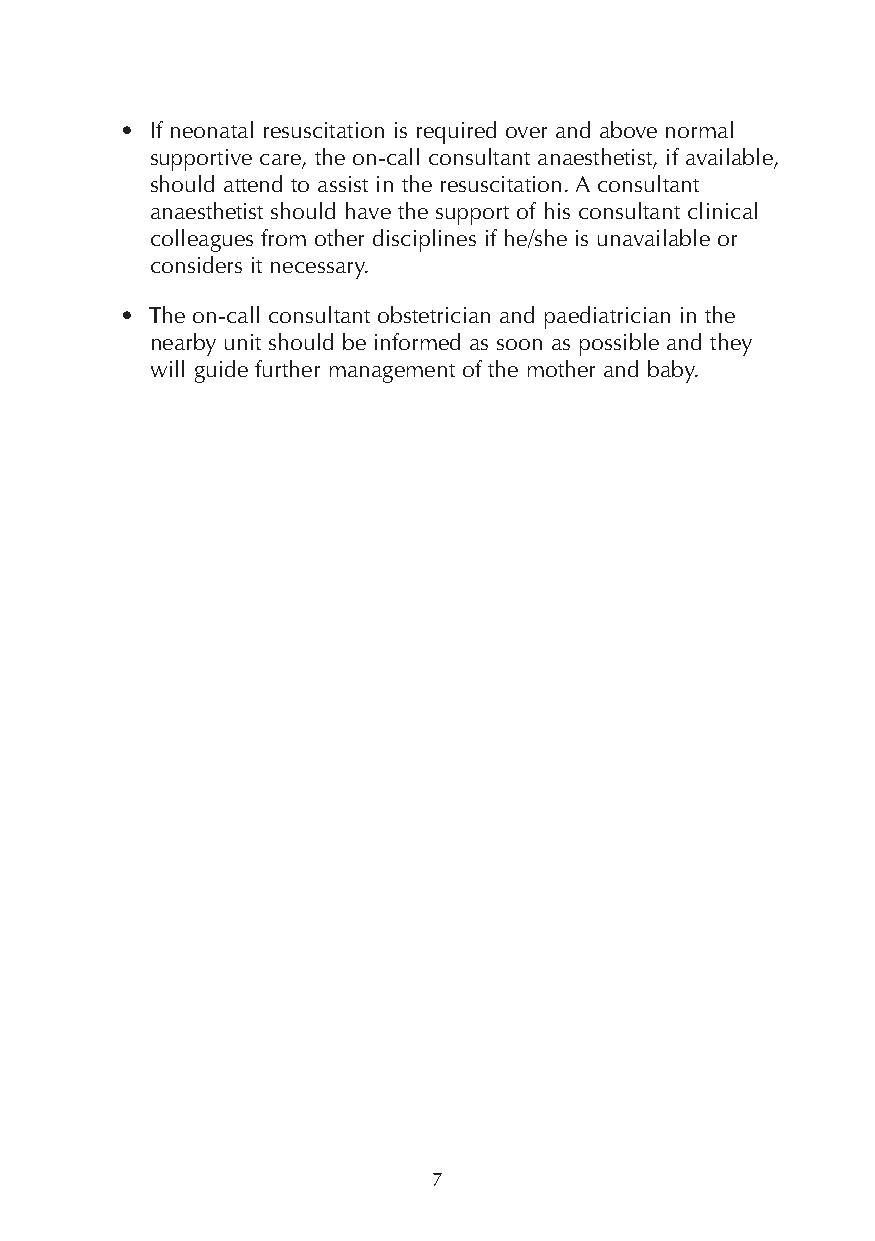
• If neonatal resuscitation is required over and above normal
 supportive care, the on-call consultant anaesthetist, if available,
 should attend to assist in the resuscitation. A consultant
 anaesthetist should have the support of his consultant clinical
 colleagues from other disciplines if he/she is unavailable or
 considers it necessary.
 • The on-call consultant obstetrician and paediatrician in the
 nearby unit should be informed as soon as possible and they
 will guide further management of the mother and baby.
 7